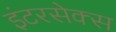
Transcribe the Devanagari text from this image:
इंटरसेक्स